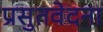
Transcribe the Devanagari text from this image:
प्रसुतवेदना